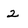
Character: 2